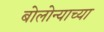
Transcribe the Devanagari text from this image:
बोलोन्याच्या